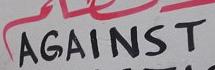
against